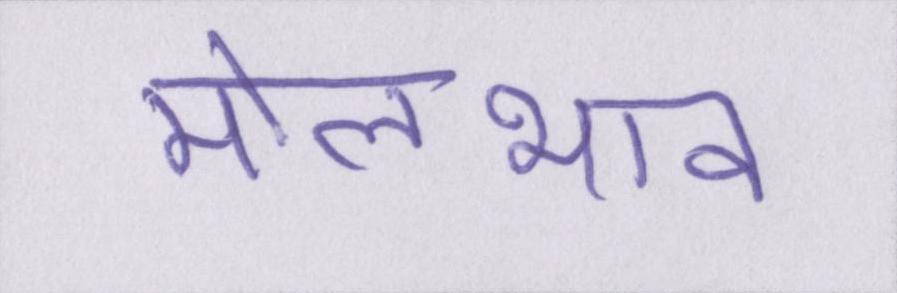
मोलभाव